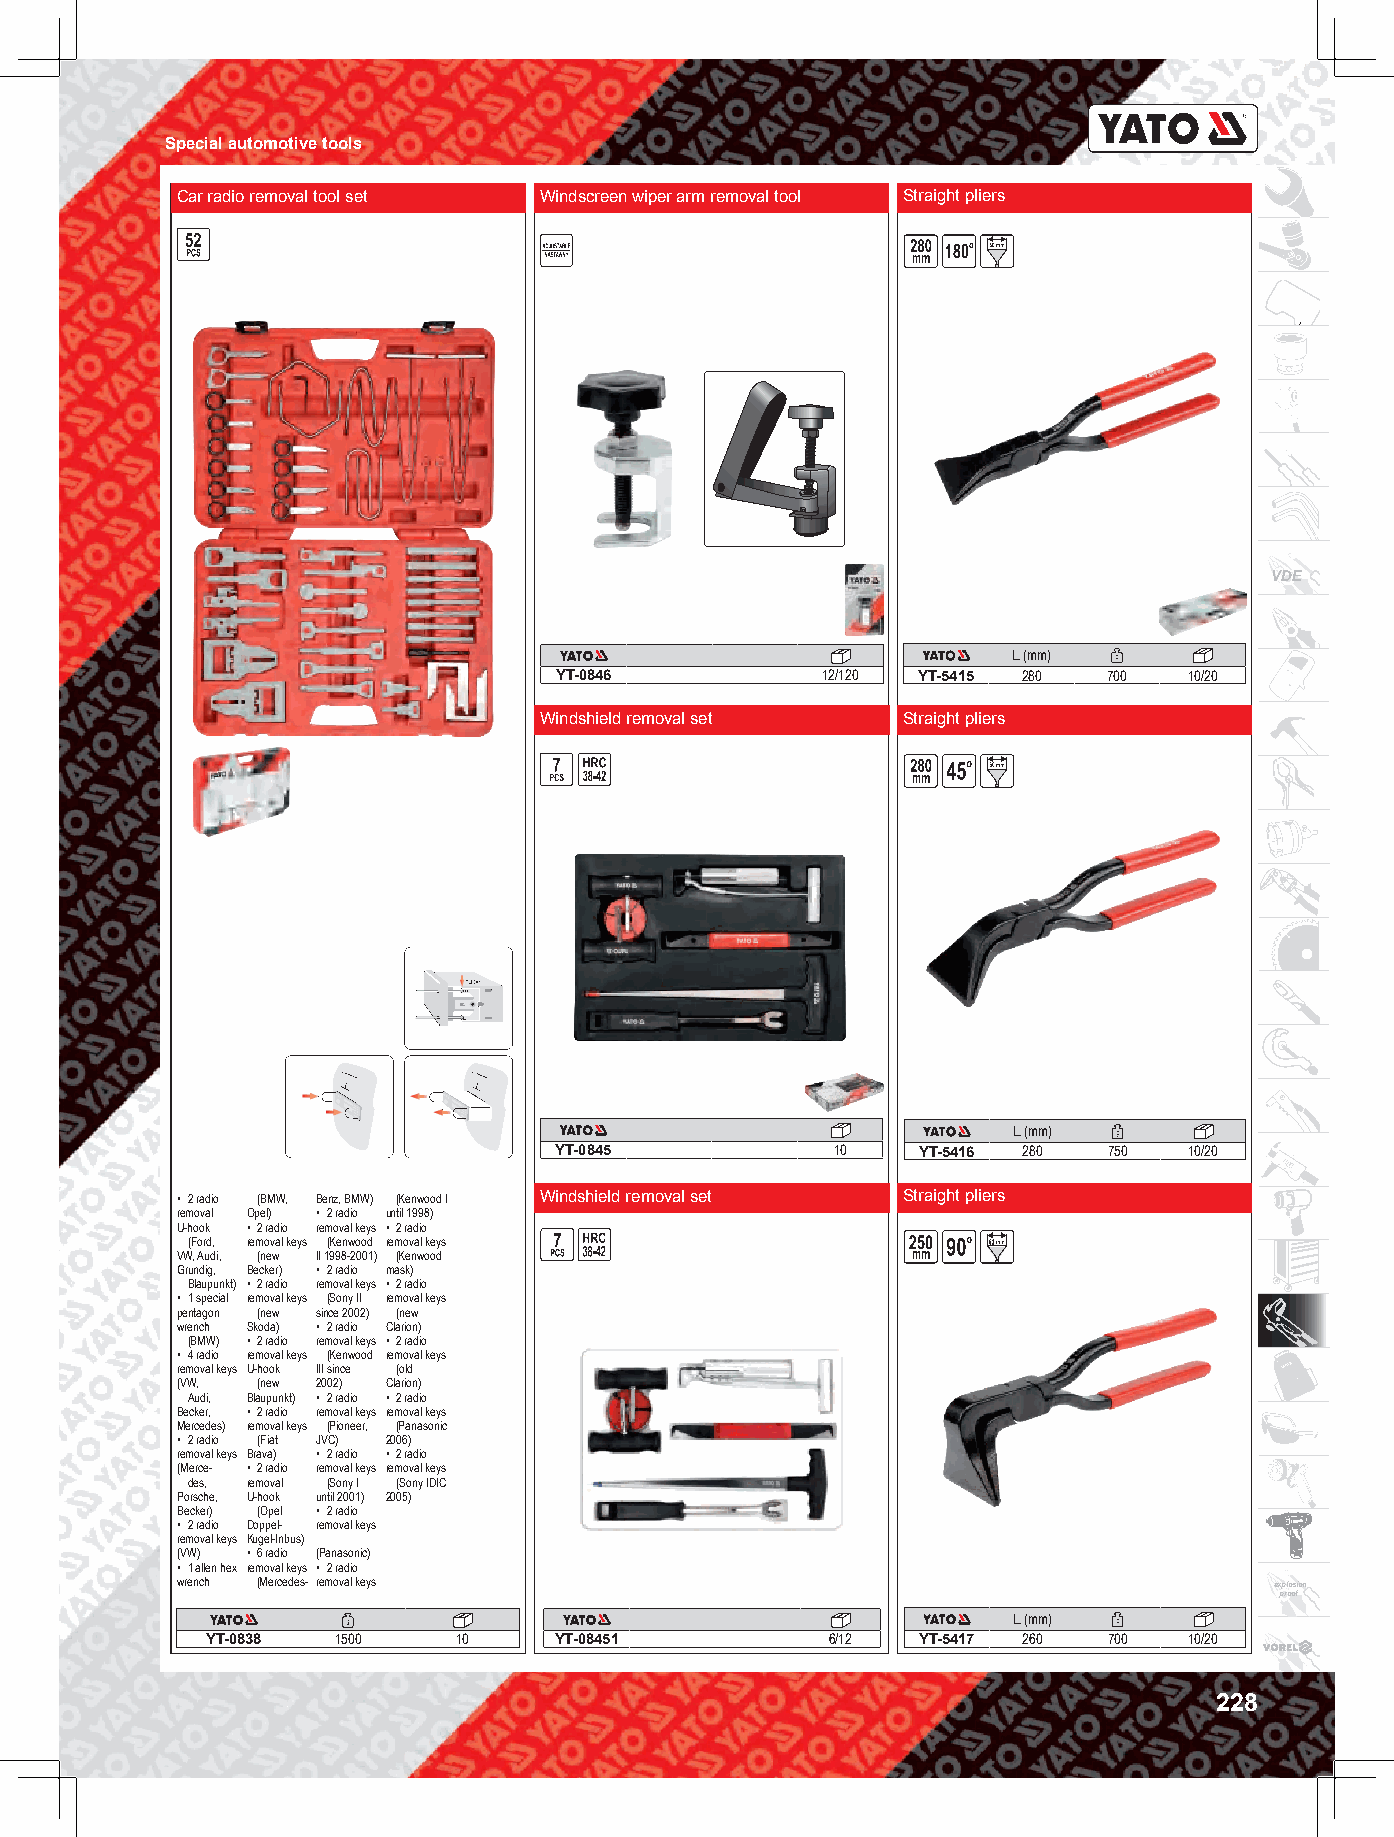
Special automotive tools
 Car radio removal tool set Windscreen wiper arm removal tool Straight pliers
 VDE
 L (mm)
 YT-0846          12/120 YT-5415 280 700   10/20
 Windshield removal set  Straight pliers
 L (mm)
 YT-0845           10    YT-5416 280 750   10/20
 • 2 radio (BMW, Benz, BMW) (Kenwood I Windshield removal set Straight pliers
 removal Opel) • 2 radio until 1998)
 U-hook • 2 radio removal keys • 2 radio
 (Ford, removal keys (Kenwood removal keys            63
 VW, Audi, (new II 1998-2001) (Kenwood
 Grundig, Becker) • 2 radio mask)
 Blaupunkt) • 2 radio removal keys • 2 radio
 • 1 special removal keys (Sony II removal keys
 pentagon (new since 2002) (new
 wrench Skoda) • 2 radio Clarion)
 (BMW) • 2 radio removal keys • 2 radio
 • 4 radio removal keys (Kenwood removal keys
 removal keys U-hook III since (old
 (VW, (new 2002) Clarion)
 Audi, Blaupunkt) • 2 radio • 2 radio
 Becker, • 2 radio removal keys removal keys
 Mercedes) removal keys (Pioneer, (Panasonic
 • 2 radio (Fiat JVC) 2006)
 removal keys Brava) • 2 radio • 2 radio
 (Merce- • 2 radio removal keys removal keys
 des, removal (Sony I (Sony IDIC
 Porsche, U-hook until 2001) 2005)
 Becker) (Opel • 2 radio
 • 2 radio Doppel- removal keys
 removal keys Kugel-Inbus)
 (VW) • 6 radio (Panasonic)
 • 1 allen hex removal keys • 2 radio
 wrench (Mercedes- removal keys                                          explosion
 proof
 L (mm)
 YT-0838 1500    10     YT-08451          6/12  YT-5417 260 700   10/20
 228